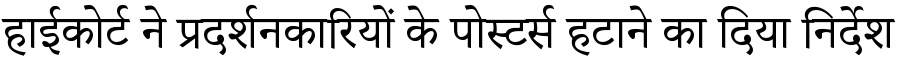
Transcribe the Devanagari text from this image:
हाईकोर्ट ने प्रदर्शनकारियों के पोस्टर्स हटाने का दिया निर्देश